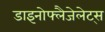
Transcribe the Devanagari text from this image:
डाइनोफ्लैजेलेट्स